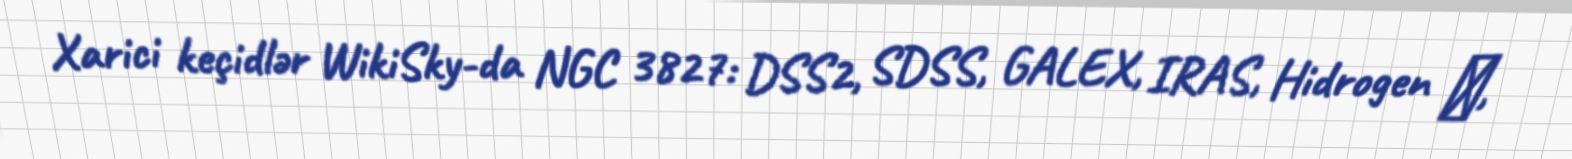
Xarici keçidlər WikiSky-da NGC 3827: DSS2, SDSS, GALEX, IRAS, Hidrogen α,